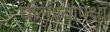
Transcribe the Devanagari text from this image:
घालण्यापेक्षा